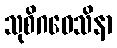
သုစိဂဝေသိနာ